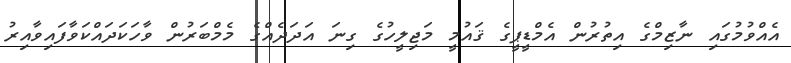
އެއްވުމުގައި ނާޒިމްގެ އިތުރުން އެމްޑީޕީގެ ޤައުމީ މަޖިލީހުގެ ގިނަ އަދަދެއްގެ މެމްބަރުން ވާހަކަދައްކަވާފައިވާއިރު